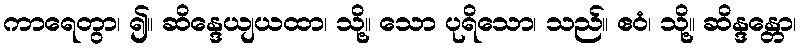
ကာရေတွာ၊ ၍။ ဆိန္ဒေယျယထာ၊ သို့။ သော ပုရိသော၊ သည်။ ဧဝံ၊ သို့။ ဆိန္ဒန္တော၊